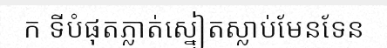
ក ទីបំផុតភ្លាត់ស្នៀតស្លាប់មែនទែន